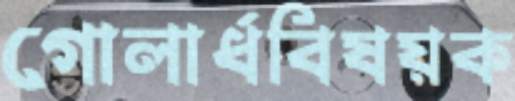
গোলার্ধবিষয়ক